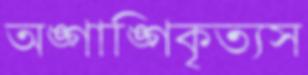
অঙ্গাঙ্গিকৃত্যস